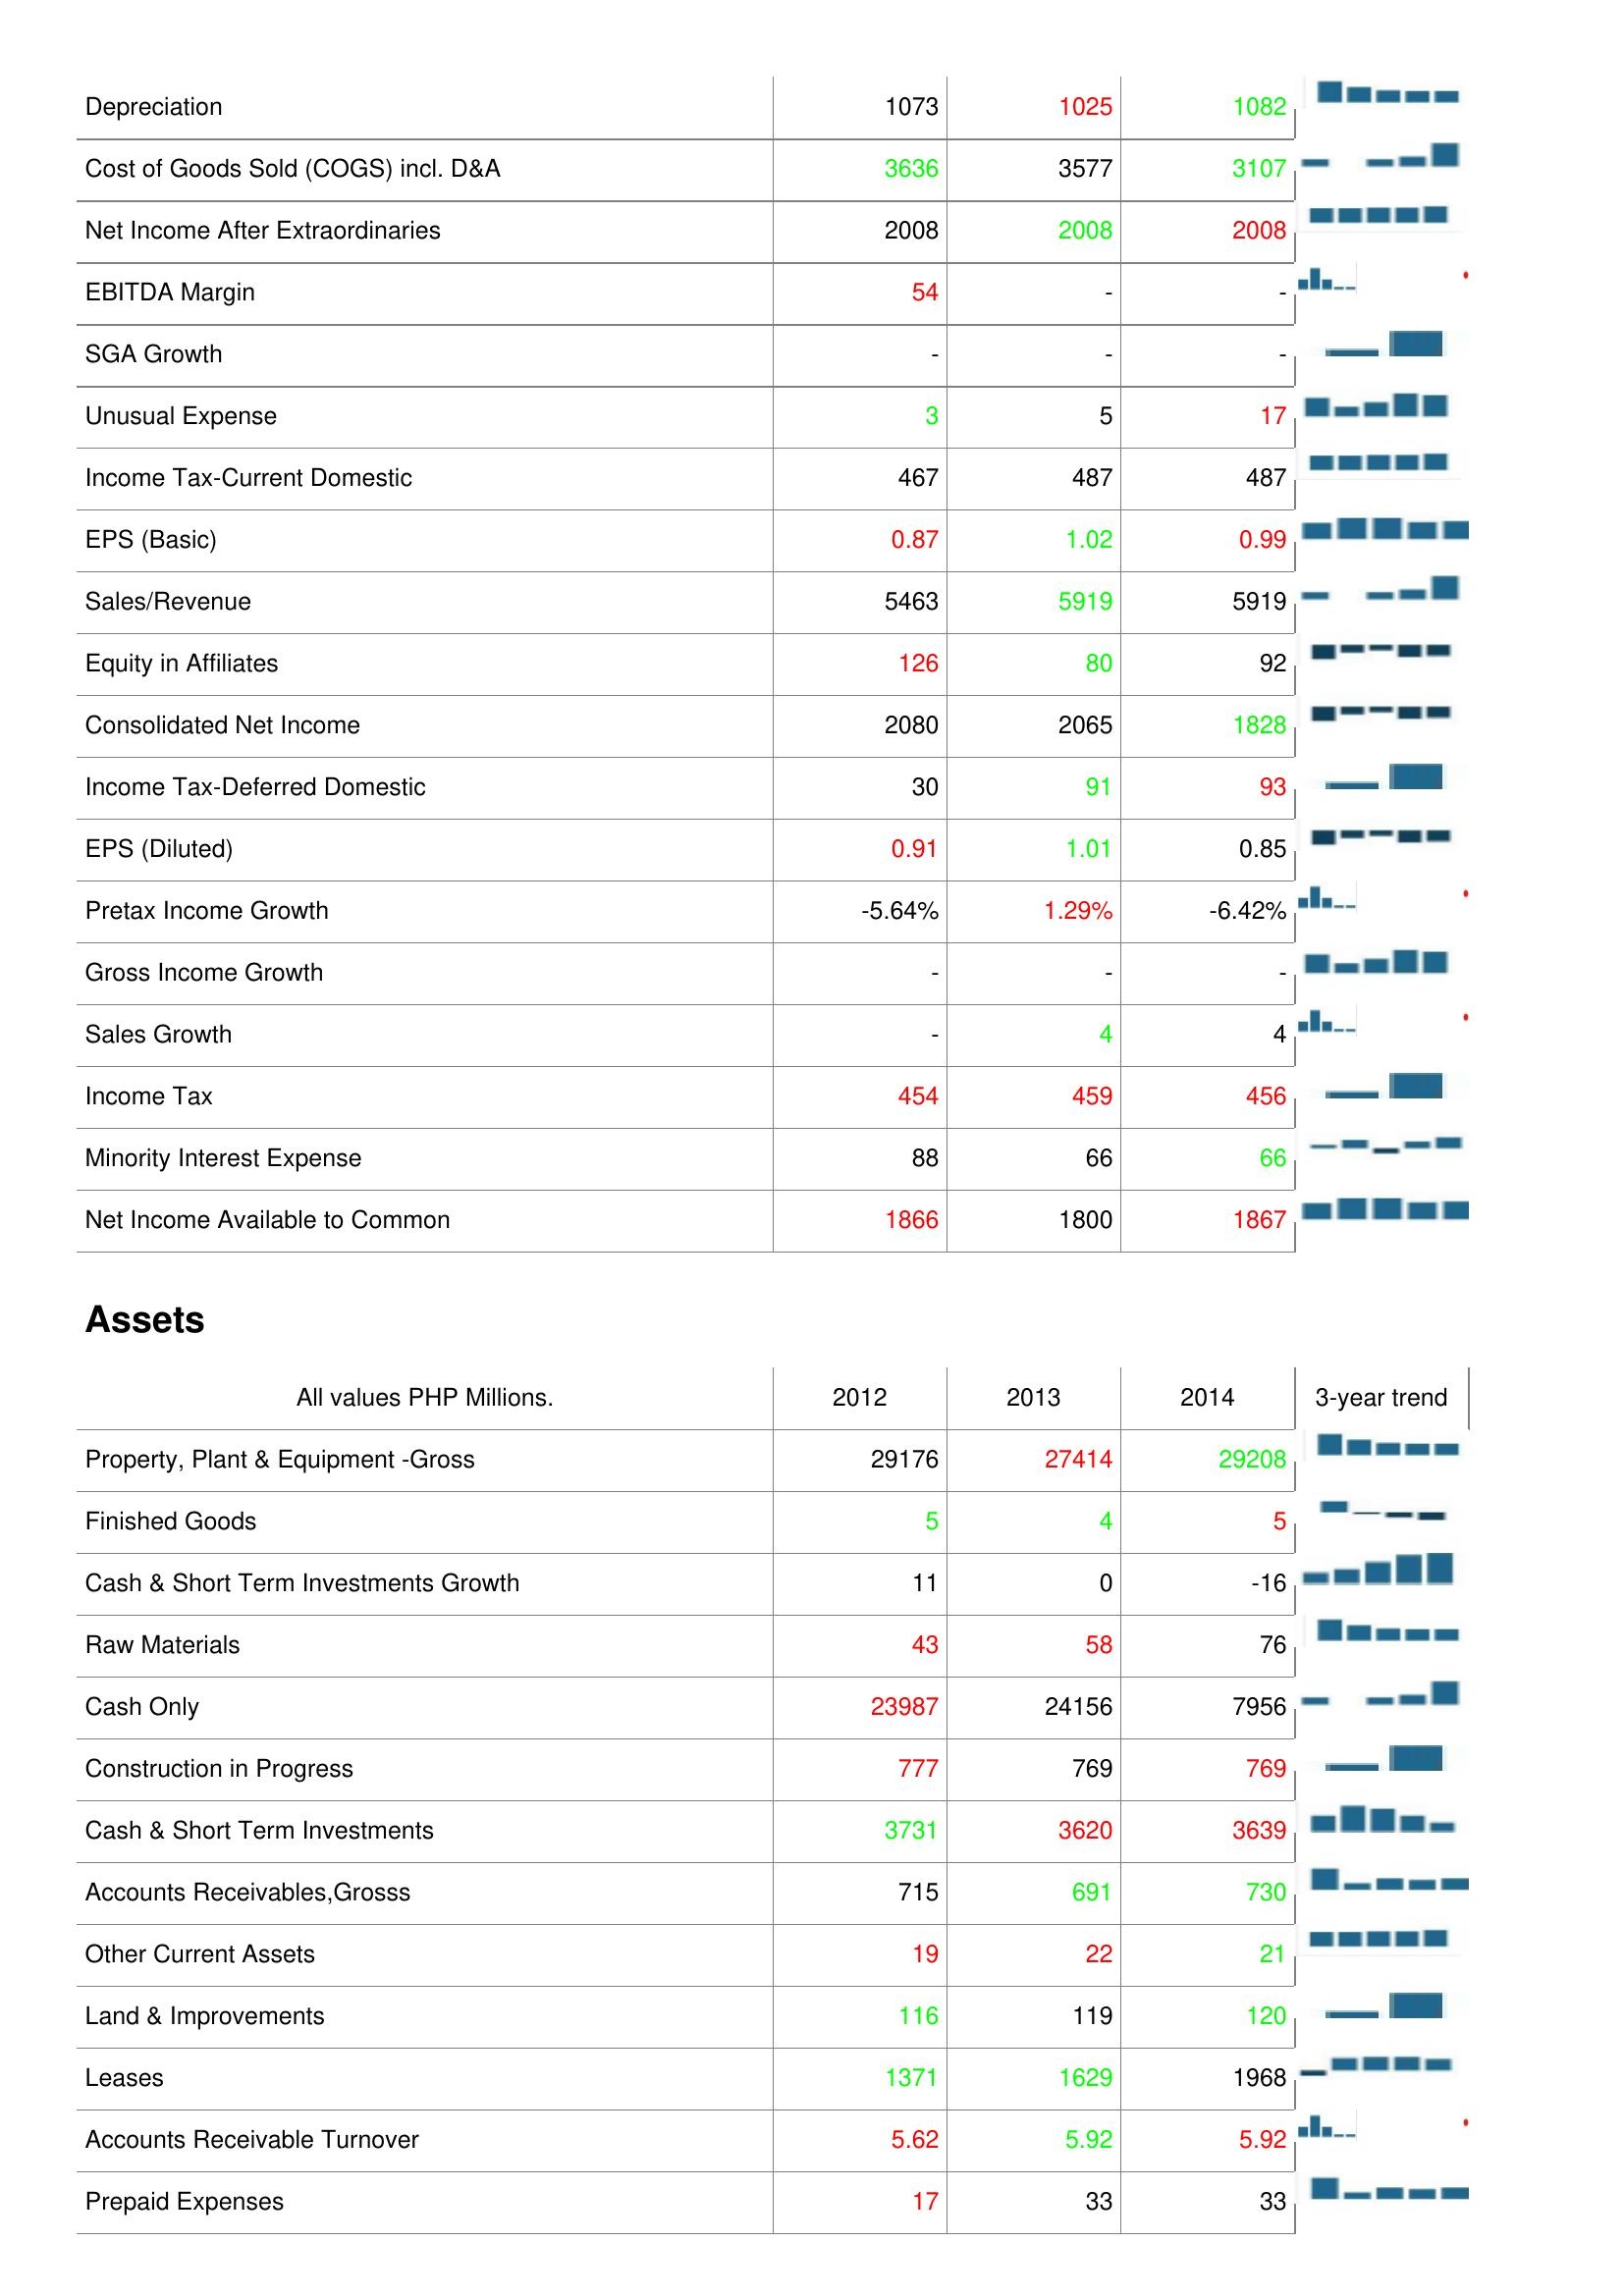
2012: : Depreciation: 1073
Cost of Goods Sold (COGS) incl. D&A: 3636
Net Income After Extraordinaries: 2008
EBITDA Margin: 54
SGA Growth: -
Unusual Expense: 3
Income Tax-Current Domestic: 467
EPS (Basic): 0.87
Sales/Revenue: 5463
Equity in Affiliates: 126
Consolidated Net Income: 2080
Income Tax-Deferred Domestic: 30
EPS (Diluted): 0.91
Pretax Income Growth: -5.64%
Gross Income Growth: -
Sales Growth: -
Income Tax: 454
Minority Interest Expense: 88
Net Income Available to Common: 1866
Assets: Property, Plant & Equipment -Gross: 29176
Finished Goods: 5
Cash & Short Term Investments Growth: 11
Raw Materials: 43
Cash Only: 23987
Construction in Progress: 777
Cash & Short Term Investments: 3731
Accounts Receivables,Grosss: 715
Other Current Assets: 19
Land & Improvements: 116
Leases: 1371
Accounts Receivable Turnover: 5.62
Prepaid Expenses: 17
2013: : Depreciation: 1025
Cost of Goods Sold (COGS) incl. D&A: 3577
Net Income After Extraordinaries: 2008
EBITDA Margin: -
SGA Growth: -
Unusual Expense: 5
Income Tax-Current Domestic: 487
EPS (Basic): 1.02
Sales/Revenue: 5919
Equity in Affiliates: 80
Consolidated Net Income: 2065
Income Tax-Deferred Domestic: 91
EPS (Diluted): 1.01
Pretax Income Growth: 1.29%
Gross Income Growth: -
Sales Growth: 4
Income Tax: 459
Minority Interest Expense: 66
Net Income Available to Common: 1800
Assets: Property, Plant & Equipment -Gross: 27414
Finished Goods: 4
Cash & Short Term Investments Growth: 0
Raw Materials: 58
Cash Only: 24156
Construction in Progress: 769
Cash & Short Term Investments: 3620
Accounts Receivables,Grosss: 691
Other Current Assets: 22
Land & Improvements: 119
Leases: 1629
Accounts Receivable Turnover: 5.92
Prepaid Expenses: 33
2014: : Depreciation: 1082
Cost of Goods Sold (COGS) incl. D&A: 3107
Net Income After Extraordinaries: 2008
EBITDA Margin: -
SGA Growth: -
Unusual Expense: 17
Income Tax-Current Domestic: 487
EPS (Basic): 0.99
Sales/Revenue: 5919
Equity in Affiliates: 92
Consolidated Net Income: 1828
Income Tax-Deferred Domestic: 93
EPS (Diluted): 0.85
Pretax Income Growth: -6.42%
Gross Income Growth: -
Sales Growth: 4
Income Tax: 456
Minority Interest Expense: 66
Net Income Available to Common: 1867
Assets: Property, Plant & Equipment -Gross: 29208
Finished Goods: 5
Cash & Short Term Investments Growth: -16
Raw Materials: 76
Cash Only: 7956
Construction in Progress: 769
Cash & Short Term Investments: 3639
Accounts Receivables,Grosss: 730
Other Current Assets: 21
Land & Improvements: 120
Leases: 1968
Accounts Receivable Turnover: 5.92
Prepaid Expenses: 33